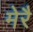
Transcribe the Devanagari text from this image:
मेरै